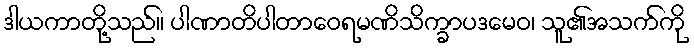
ဒါယကာတို့သည်။ ပါဏာတိပါတာဝေရမဏိသိက္ခာပဒမေဝ၊ သူ၏အသက်ကို